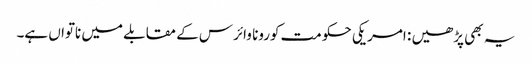
یہ بھی پڑھیں : امریکی حکومت کورونا وائرس کے مقابلے میں ناتواں ہے۔